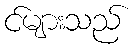
င်များသည်